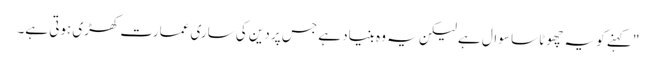
" کہنے کو یہ چھوٹا سا سوال ہے لیکن یہ وہ بنیاد ہے جس پر دین کی ساری عمارت کھڑی ہوتی ہے۔